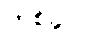
တစ်ခုပါ